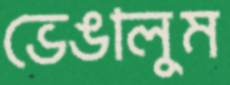
ভেঙালুম